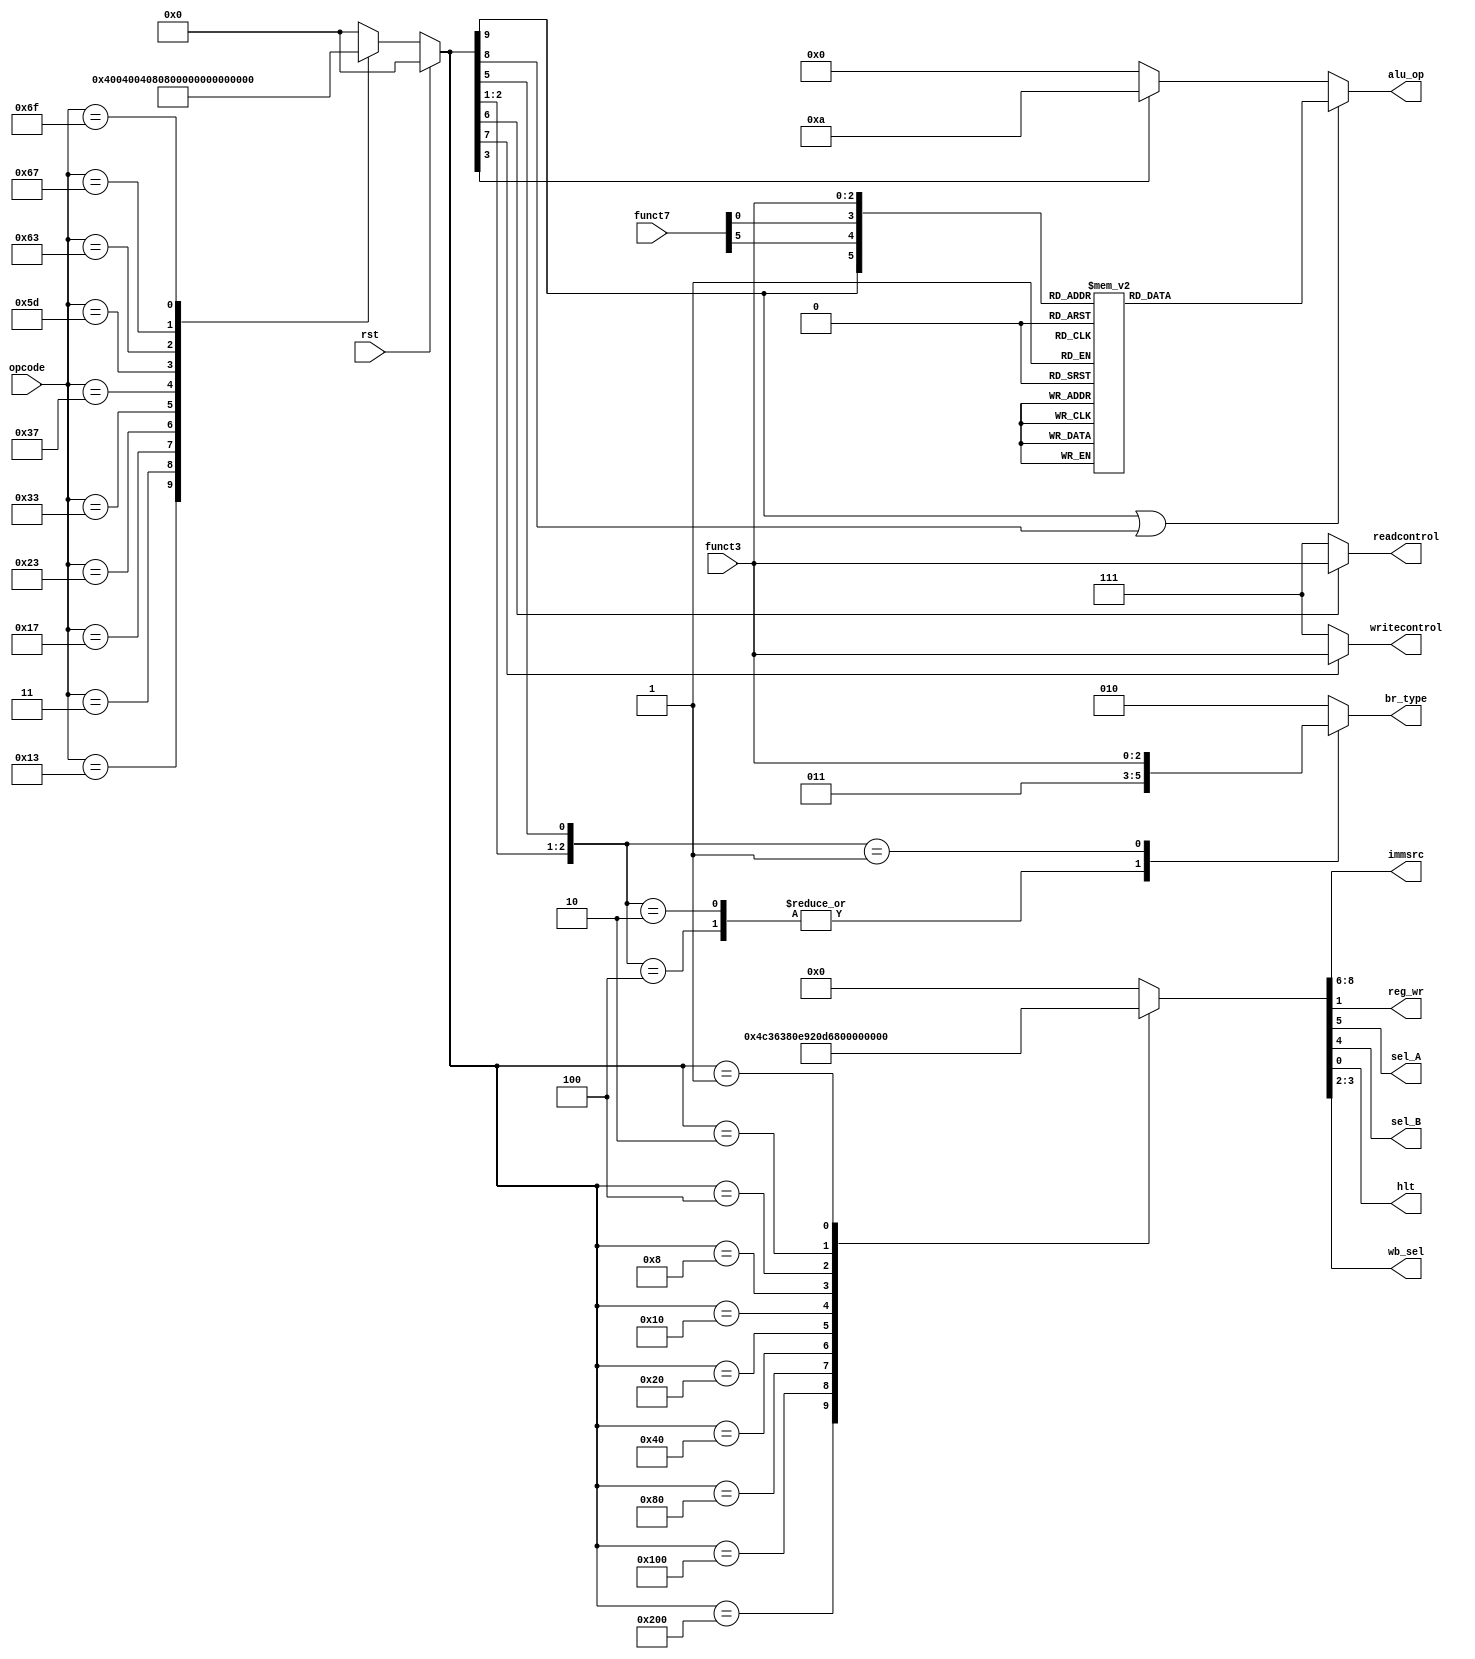
`timescale 1ns / 1ps
//////////////////////////////////////////////////////////////////////////////////
// Company: 
// Engineer: 
// 
// Design Name: 
// Module Name: controller
// Project Name: 
// Target Devices: 
// Tool Versions: 
// Description: 
// 
// Dependencies: 
// 
// Revision:
// Revision 0.01 - File Created
// Additional Comments:
// 
//////////////////////////////////////////////////////////////////////////////////

module controller(  output reg [2:0] immsrc, 
                    output reg [3:0] alu_op, 
                    output reg [2:0] br_type, readcontrol, writecontrol,
                    output reg reg_wr, sel_A, sel_B, hlt,
                    output reg [1:0] wb_sel,
                    input[6:0] opcode,      
                    input [14:12] funct3,      
                    input [31:25] funct7,            
                    input rst);
                    
        
        reg R,Ii,S,L,B,auipc,lui,jal,jalr,halt;
        
        `define Type {R,Ii,S,L,B,auipc,lui,jal,jalr,halt}
        `define Control {immsrc,sel_A, sel_B,wb_sel,reg_wr,hlt}
        
        //instruction type determination
    always@(*)begin    
        if (rst)
        begin
            `Type <= 0;
        end    
        else 
        begin
            case(opcode)//Type {R,Ii,S,L,B,auipc,lui,jal,jalr,halt}
            19: `Type<=  'b0100000000;                         
            3:  `Type<=  'b0001000000;                         
            23: `Type<=  'b0000010000;                         
            35: `Type<=  'b0010000000;                         
            51: `Type<=  'b1000000000;                         
            55: `Type<=  'b0000001000;                         
            93: `Type<=  'b0000000001;			               
            99: `Type<=  'b0000100000;                         
            103:`Type<=  'b0000000010;                         
            111:`Type<=  'b0000000100;                          
                default:`Type<= 'b0000000000;
            endcase    
        end
    end
    
     //alu control signals
        always@(*)begin
        if(R||Ii) begin
            casex({R,funct7[30],funct7[25],funct3})//does not? cater for some Immediate instructions with fulty opcode
                6'b100000:  alu_op <= 0;  //add
                6'b110000:  alu_op <= 1;  //sub
                6'b000000:  alu_op <= 0;  //addi
                6'b100001:  alu_op <= 5;  //sll
                6'b000001:  alu_op <= 5;  //slli
                6'b100010:  alu_op <= 9;  //slt
                6'b000010:  alu_op <= 9;  //slti
                6'b100011:  alu_op <= 8;  //sltu
                6'b000011:  alu_op <= 8;  //sltiu
                6'b100100:  alu_op <= 2;  //xor
                6'b000100:  alu_op <= 2;  //xori
                6'b100101:  alu_op <= 6;  //srl
                6'b000101:  alu_op <= 6;  //srli
                6'b110101:  alu_op <= 7;  //sra
                6'b010101:  alu_op <= 7;  //srai
                6'b100110:  alu_op <= 3;//or
                6'b000110:  alu_op <= 3;//ori
                6'b100111:  alu_op <= 4;//and
                6'b000111:  alu_op <= 4;//andi
                default:    alu_op <= 0;
            endcase    
        end
        else if(lui)begin
            alu_op <= 10;   //aluop for result=B
        end
        else begin
            alu_op <= 0;    //all other instructions use operation A+B of ALU
        end            
    end
   
   
   //data memory operation
    always @(*) begin     //for WriteControl
        case ({S})
            1: writecontrol <= funct3;
            default: writecontrol <= 7;  //retain current value
        endcase
    end

    always @(*) begin//for ReadControl
        case ({L})
            1: readcontrol <= funct3;
            default: readcontrol <= 7; //output 0
        endcase
    end
   
   
   //branch instruction
       always @(*) begin    //for br_type
        casex({jal,jalr,B})
            3'b100: br_type <= 3 ;
            3'b010: br_type <= 3 ;//jal,jalr
            3'b001: br_type <= funct3 ;
            default: br_type <= 2; //no jump
        endcase
    end
    
    //vontrol signals
    
     always@(*)begin
        case(`Type)     //Type {R,Ii,S,L,B,auipc,lui,jal,jalr,hlt}
                        //Control {ImmSrc,sel_A, sel_B,wb_sel,reg_wr,hlt}
            10'b1000000000: `Control <= 9'b000100110;//R
            10'b0100000000: `Control <= 9'b000110110;//Ii
            10'b0010000000: `Control <= 9'b001110000;//S
            10'b0001000000: `Control <= 9'b000111010;//L
            10'b0000100000: `Control <= 9'b010010000;//B
            10'b0000010000: `Control <= 9'b011010110;//auipc
            10'b0000001000: `Control <= 9'b011110110;//lui
            10'b0000000100: `Control <= 9'b100010010;//jal
            10'b0000000010: `Control <= 9'b000110010;//jalr
	        10'b0000000001: `Control <= 9'b000000001;//HALT
            default: `Control<=0;
        endcase
    end
endmodule